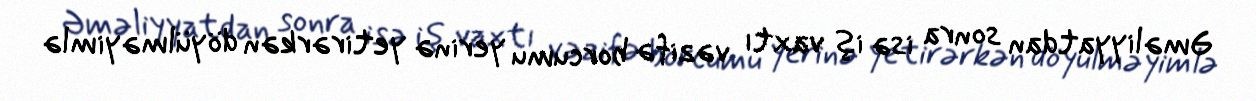
Əməliyyatdan sonra isə iş vaxtı vəzifə borcumu yerinə yetirərkən döyülməyimlə